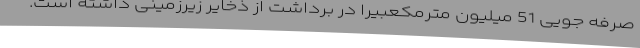
صرفه جویی 51 میلیون مترمکعبیرا در برداشت از ذخایر زیرزمینی داشته است.